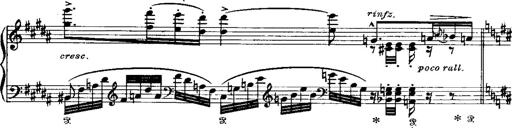
Title: Miserere du Trovatore
Composer: Franz Liszt